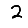
Digit: 2